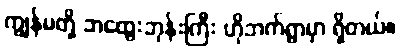
ကျွန်မတို့ ဘထွေးဘုန်းကြီး ဟိုဘက်ရွာမှာ ရှိတယ်။